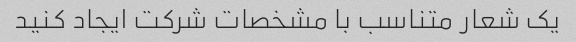
یک شعار متناسب با مشخصات شرکت ایجاد کنید